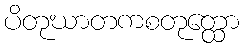
ပိတုဃာတကစတုတ္ထော